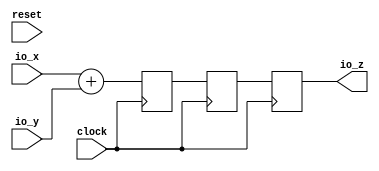
module SimpleDspModule(
  input         clock,
  input         reset,
  input  [15:0] io_x,
  input  [15:0] io_y,
  output [15:0] io_z
);
`ifdef RANDOMIZE_REG_INIT
  reg [31:0] _RAND_0;
  reg [31:0] _RAND_1;
  reg [31:0] _RAND_2;
`endif // RANDOMIZE_REG_INIT
  reg [16:0] _T_8; // @[Reg.scala 12:16]
  reg [16:0] _T_10; // @[Reg.scala 12:16]
  reg [16:0] _T_12; // @[Reg.scala 12:16]
  assign io_z = _T_12[15:0]; // @[SimpleDspModuleSpec.scala 37:10]
  always @(posedge clock) begin
    _T_8 <= $signed(io_x) + $signed(io_y); // @[FixedPointTypeClass.scala 25:22]
    _T_10 <= _T_8; // @[Reg.scala 13:19 Reg.scala 13:23 Reg.scala 12:16]
    _T_12 <= _T_10; // @[Reg.scala 13:19 Reg.scala 13:23 Reg.scala 12:16]
  end
// Register and memory initialization
`ifdef RANDOMIZE_GARBAGE_ASSIGN
`define RANDOMIZE
`endif
`ifdef RANDOMIZE_INVALID_ASSIGN
`define RANDOMIZE
`endif
`ifdef RANDOMIZE_REG_INIT
`define RANDOMIZE
`endif
`ifdef RANDOMIZE_MEM_INIT
`define RANDOMIZE
`endif
`ifndef RANDOM
`define RANDOM $random
`endif
`ifdef RANDOMIZE_MEM_INIT
  integer initvar;
`endif
`ifndef SYNTHESIS
`ifdef FIRRTL_BEFORE_INITIAL
`FIRRTL_BEFORE_INITIAL
`endif
initial begin
  `ifdef RANDOMIZE
    `ifdef INIT_RANDOM
      `INIT_RANDOM
    `endif
    `ifndef VERILATOR
      `ifdef RANDOMIZE_DELAY
        #`RANDOMIZE_DELAY begin end
      `else
        #0.002 begin end
      `endif
    `endif
`ifdef RANDOMIZE_REG_INIT
  _RAND_0 = {1{`RANDOM}};
  _T_8 = _RAND_0[16:0];
  _RAND_1 = {1{`RANDOM}};
  _T_10 = _RAND_1[16:0];
  _RAND_2 = {1{`RANDOM}};
  _T_12 = _RAND_2[16:0];
`endif // RANDOMIZE_REG_INIT
  `endif // RANDOMIZE
end // initial
`ifdef FIRRTL_AFTER_INITIAL
`FIRRTL_AFTER_INITIAL
`endif
`endif // SYNTHESIS
endmodule